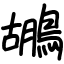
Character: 鶘